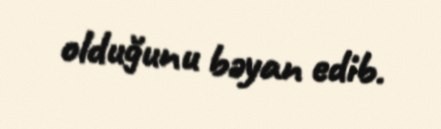
olduğunu bəyan edib.